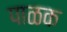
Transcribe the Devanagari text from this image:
पाळक